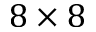
8 \times 8